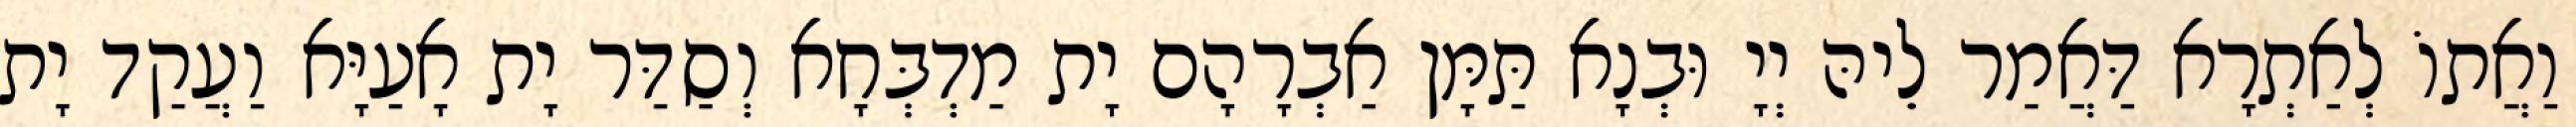
וַאֲתוֹ לְאַתְרָא דַּאֲמַר לֵיהּ יְיָ וּבְנָא תַּמָּן אַבְרָהָם יָת מַדְבְּחָא וְסַדַּר יָת אָעַיָּא וַעֲקַד יָת